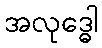
အလုဒ္ဓေါ